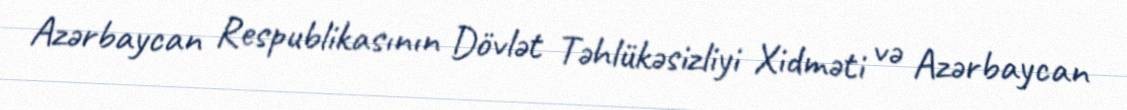
Azərbaycan Respublikasının Dövlət Təhlükəsizliyi Xidməti və Azərbaycan